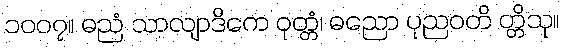
၁၀၀၇။ ဓညံ သာလျာဒိကေ ဝုတ္တံ၊ ဓညော ပုညဝတိ တ္တိသု။